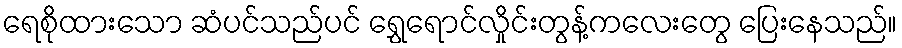
ရေစိုထားသော ဆံပင်သည်ပင် ရွှေရောင်လှိုင်းတွန့်ကလေးတွေ ပြေးနေသည်။